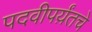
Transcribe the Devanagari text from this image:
पदवीपर्य़ंतचे